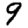
Digit: 9